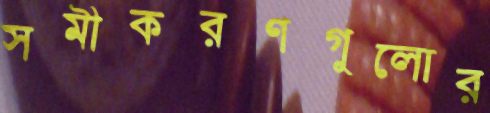
সমীকরণগুলোর